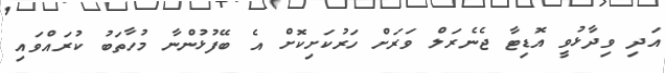
އަދި ވިދާޅުވީ އޮޑިޓާ ޖެނެރަލް ވަރަށް ހަރުކަށިކޮށް އެ ބޭފުޅުންނާ މުހާތަބު ކުރައްވައި